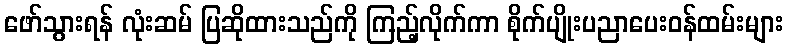
ဖော်သွားရန် လုံးဆမ် ပြဆိုထားသည်ကို ကြည့်လိုက်ကာ စိုက်ပျိုးပညာပေးဝန်ထမ်းများ